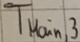
Text: TMain,3